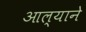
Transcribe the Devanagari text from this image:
आल्‍याने